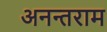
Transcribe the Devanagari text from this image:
अनन्तराम